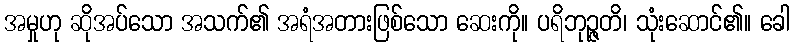
အမှုဟု ဆိုအပ်သော အသက်၏ အရံအတားဖြစ်သော ဆေးကို။ ပရိဘုဉ္ဇတိ၊ သုံးဆောင်၏။ ခေါ